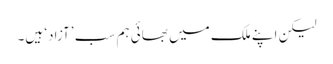
لیکن اپنے ملک میں بھائی ہم سب ’آزاد‘ ہیں۔